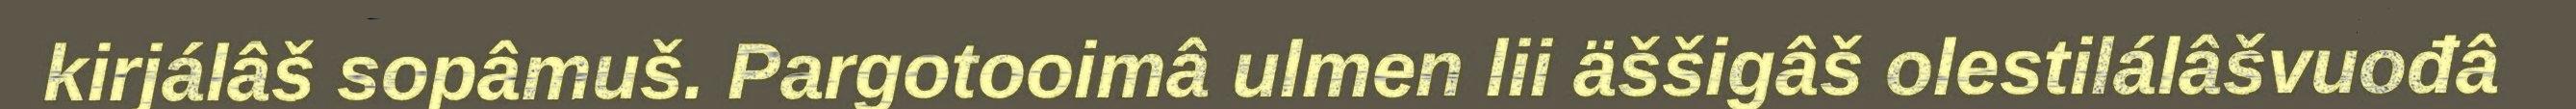
kirjálâš sopâmuš. Pargotooimâ ulmen lii äššigâš olestilálâšvuođâ